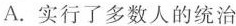
A. 实行了多数人的统治